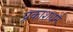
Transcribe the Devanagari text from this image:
प्रकाशधर्म